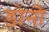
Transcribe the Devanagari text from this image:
डोनौ